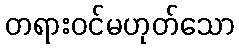
တရားဝင်မဟုတ်သော